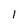
Character: 1